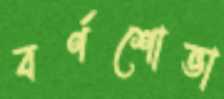
বর্ণশোভা